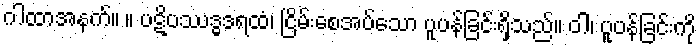
ဂါထာအနက်။ ။ ပဋိပဿဒ္ဓဒရထံ၊ ငြိမ်းစေအပ်သော ပူပန်ခြင်းရှိသည်။ ဝါ၊ ပူပန်ခြင်းကို